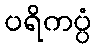
ပရိကပ္ပံ